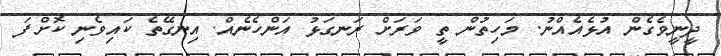
ދީނީވެގެން އުޅެއެއްނު. މަހިތުން ތީ ވަރަށް ރަނގަޅު އަންހެނެއް. އިނގޭތެ ކައިވެނި ކޮށްފަ